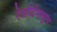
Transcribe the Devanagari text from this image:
रेसोर्टपासून